Annual statistical returns and brief notes on vaccination in Bengal - 1896-1909
Year: 1896
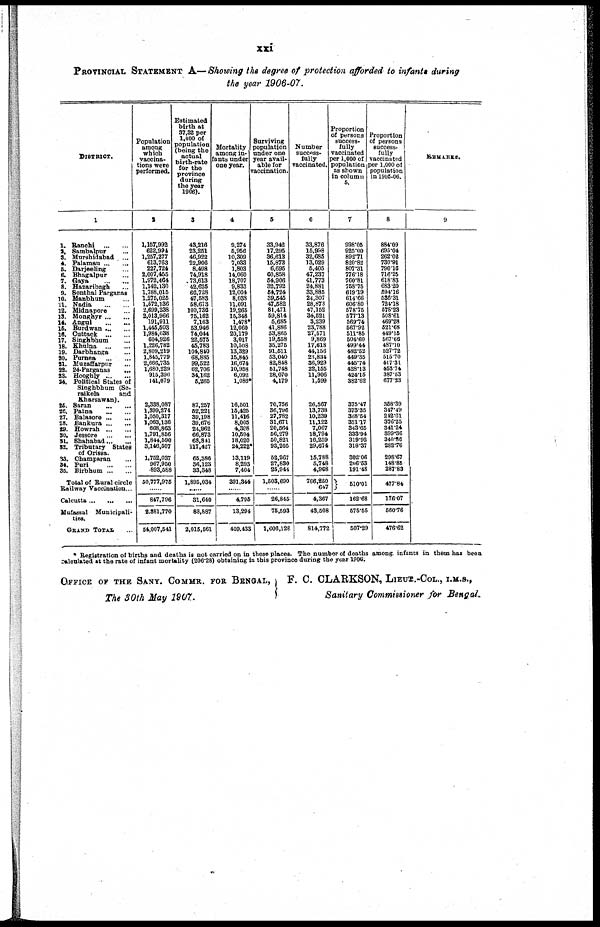
xxi
PROVINCIAL STATEMENT A—Showing the degree of protection afforded to infants during
the year 1906-07.
DISTRICT.
1
1.
2. 3.
4.
5.
6.
7.
8.
9.
10.
11.
12.
13.
14.
16.
16.
17.
18.
19.
20.
21. 22.
23.
24.
25.
26.
27.
28.
29.
30.
31.
32.
33.
34.
35.
Ranchi
...
...
Sambalpur ...
Murshidabad ...
Palamau ... ...
Darjeeling ...
Bhagalpur ...
Gaya
...
...
Hazaribagh ...
Sonthal Parganas
Manbhum ...
Nadia
...
...
Midnapore ...
Monghyr ... ...
Angul
...
...
Burdwan ... ...
Cuttack
...
...
Singhbhum ...
Khulna
...
...
Darbhanga ...
Purnea
...
...
Muzaffarpur ...
24-Parganas
...
Hooghly...
...
Political States of
Singhbhum (Se-
raikela
and
Kharsawan).
Saran ... ...
Patna
...
...
Balasore ... ...
Bankura ... ...
Howrah
...
...
Jessore
...
...
Shahabad ... ...
Tributary States
of Orissa.
Champaran ...
Puri
...
...
Birbhum ... ...
Total of Rural circle
Railway Vaccination...
Calcutta ... ... ...
Mufassal Municipali-
ties.
GRAND TOTAL ...
Population
among
which
vaccina-
tions were
performed.
2
1,157,992
622,994
1,257,277
613,763
227,724
2,007,455
1,972,464
1,142,130
1,788,015
1,275,025
1,572,136
2,699,238
2,013,966
191,911
1,445,503
1,984,038
604,926
1,226,782
2,809,219
1,845,779
2,666,735
1,680,229
915,390
141,079
2,338,087
1,399,274
1,050,317
1,063,136
668,863
1,791,866
1,844,590
3,146,507
1,752,037
967,950
893,588
50,777,975
......
847,796
2,381,770
54,007,541
Estimated
birth at
37,32 per
1,000 of
population
(being the
actual
birth-rate
for the
province
during
the year
1906).
3
43,216
23,251
46,922
22,906
8,498
74,918
73,613
42,625
66,728
47,583
58,673
100,736
75,162
7,163
53,946
74,044
22,575
45,783
104,840
68,885
99,522
62,706
34,162
5,265
87,257
52,221
39,198
39,676
24,962
66,873
68,841
117,427
65,386
36,123
33,348
1,895,034
31,640
88,887
2,015,561
Mortality
among in-
fants under
one year.
4
9,274
5,956
10,309
7,033
1,803
14,060
18,707
9,833
12,004
8,038
11,091
19,265
15,348
1,478*
12,060
20,179
3,017
10,508
13,329
15,845
16,674
10,958
6,092
1,086*
16,501
15,425
11,416
8,005
4,398
10,594
18,020
24,222*
13,119
8,293
7,404
391,344
......
4,795
13,294
409,433
Surviving
population
under one
year avail-
able for
vaccination.
5
33,942
17,295
36,613
15,873
6,695
60,858
54,906
32,792
54,724
39,545
47,582
81,471
59,814
5,685
41,886
53,865
19,558
35,275
91,511
53,040
82,848
51,748
28,070
4,179
70,756
36,796
27,782
31,671
20,564
56,279
50,821
93,205
52,267
27,830
25,944
1,503,690
......
26,845
75,593
1,606,128
Number
success-
fully
vaccinated.
6
33,876
15,998
32,685
13,029
5,405
47,237
41,773
24,881
33,885
24,307
28,873
47,152
34,521
3,239
23,788
27,571
9,869
17,618
44,156
23,834
36,929
22,155
11,906
1,599
26,567
13,738
10,239
11,122
7,067
18,794
16,259
29,674
15,788
5,748
4,968
766,250
647
4,367
43,508
814,772
Proportion
of persons
success-
fully
vaccinated
per 1,000 of
population
as shown
in column
6.
7
998.05
925.00
892.71
820.82
807.31
776.18
760.81
758.75
619.19
614.66
606.80
578.75
577.13
569.74
567.92
511.85
504.60
499.44
482.52
449.35
445.74
428.13
424.15
382.62
375.47
373.35
368.54
351.17
343.65
333.94
319.92
318.37
302.06
206.53
191.48
510.01
162.68
575.55
507.29
Proportion
of persons
success-
fully
vaccinated
per 1,000 of
population
in 1905-06.
8
884.09
695.04
262.02
730.91
790.16
716.25
618.83
683.20
594.16
536.31
724.18
578.23
508.61
469.28
521.68
449.16
567.66
487.10
527.72
515.70
417.31
453.74
387.53
677.23
358.39
347.49
242.61
376.25
341.24
399.36
340.86
282.76
298.67
148.85
287.83
477.84
176.07
560.76
476.62
REMARKS.
9
* Registration of births and deaths is not carried on in these places. The number of deaths among infants in them has been
calculated at the rate of infant mortality (206-28) obtaining in this province during the year 1906.
OFFICE OF THE SANY. COMMR. FOR BENGAL,
The 30th May 1907.
F. C. CLARKSON, LIEUT.-COL., I.M.S.,
Sanitary Commissioner for Bengal.